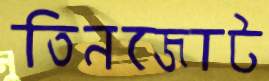
তিনজোট